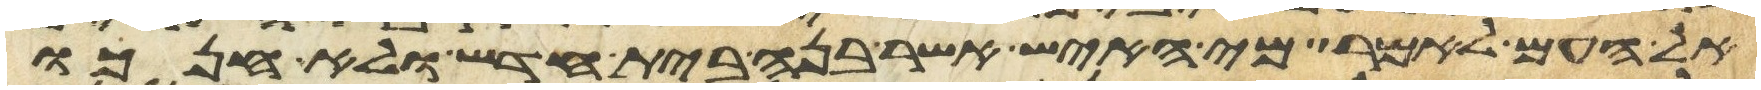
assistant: אל העם לאמר מי האיש אשר בנה בית חדש ולא חנכו